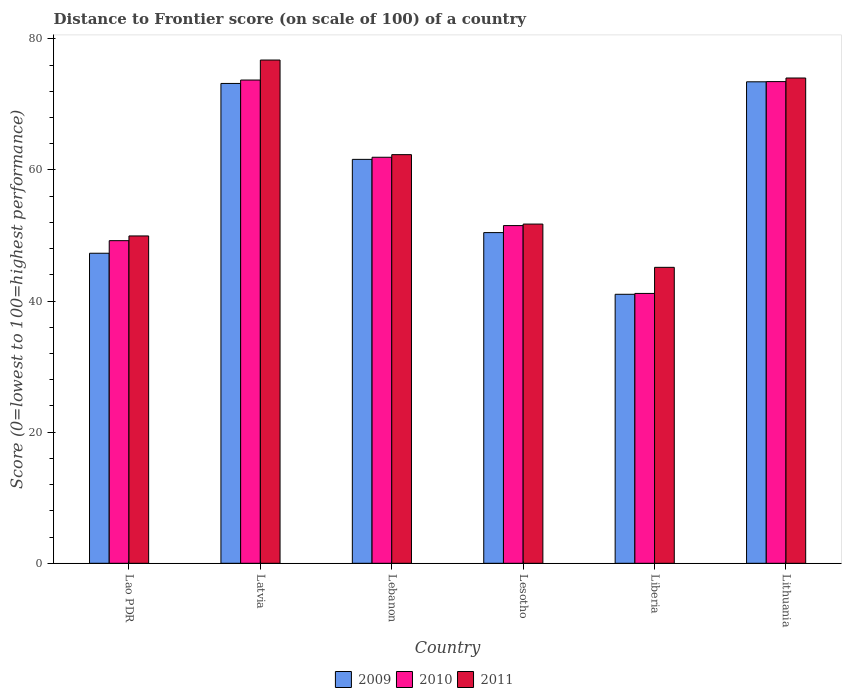
| Country | 2009 | 2010 | 2011 |
 | --- | --- | --- | --- |
 | Lao PDR | 47.3 | 49.2 | 49.9 |
 | Latvia | 73.2 | 73.7 | 76.8 |
 | Lebanon | 61.6 | 61.9 | 62.3 |
 | Lesotho | 50.4 | 51.5 | 51.7 |
 | Liberia | 41 | 41.2 | 45.1 |
 | Lithuania | 73.4 | 73.5 | 74 |